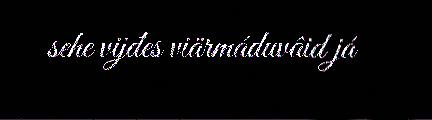
sehe vijđes viärmáduvâid já